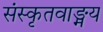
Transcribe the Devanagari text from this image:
संस्कृतवाङ्मय